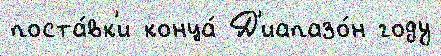
поста́вк'и конца́ Д'иапазо́н году